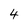
Character: 4